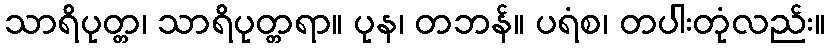
သာရိပုတ္တ၊ သာရိပုတ္တရာ။ ပုန၊ တဘန်။ ပရံစ၊ တပါးတုံလည်း။